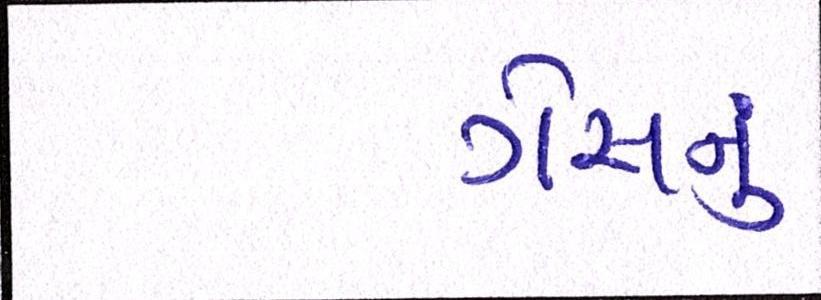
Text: ગેસનું